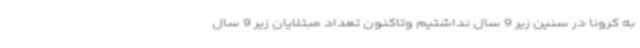
به کرونا در سنین زیر 9 سال نداشتیم وتاکنون تعداد مبتلایان زیر 9 سال